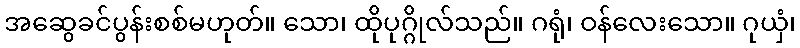
အဆွေခင်ပွန်းစစ်မဟုတ်။ သော၊ ထိုပုဂ္ဂိုလ်သည်။ ဂရုံ၊ ဝန်လေးသော။ ဂုယှံ၊